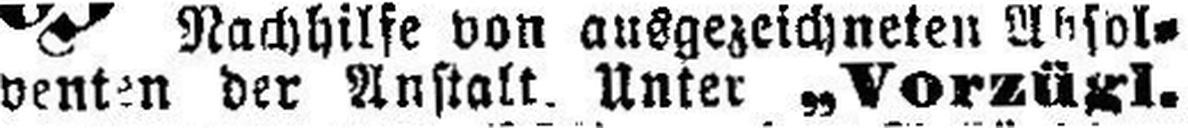
venten der Anstalt. Unter „Vorzügl.